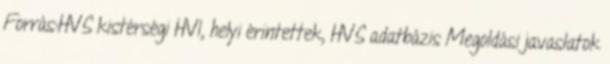
Forrás:HVS kistérségi HVI, helyi érintettek, HVS adatbázis Megoldási javaslatok